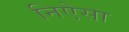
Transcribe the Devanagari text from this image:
निऐसा